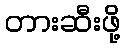
တားဆီးဖို့